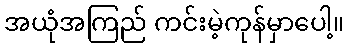
အယုံအကြည် ကင်းမဲ့ကုန်မှာပေါ့။